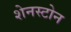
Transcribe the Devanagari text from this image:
शेनस्टोन